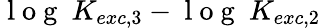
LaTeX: \mathrm{~l~o~g~}~K_{exc,3}-\mathrm{~l~o~g~}~K_{exc,2}